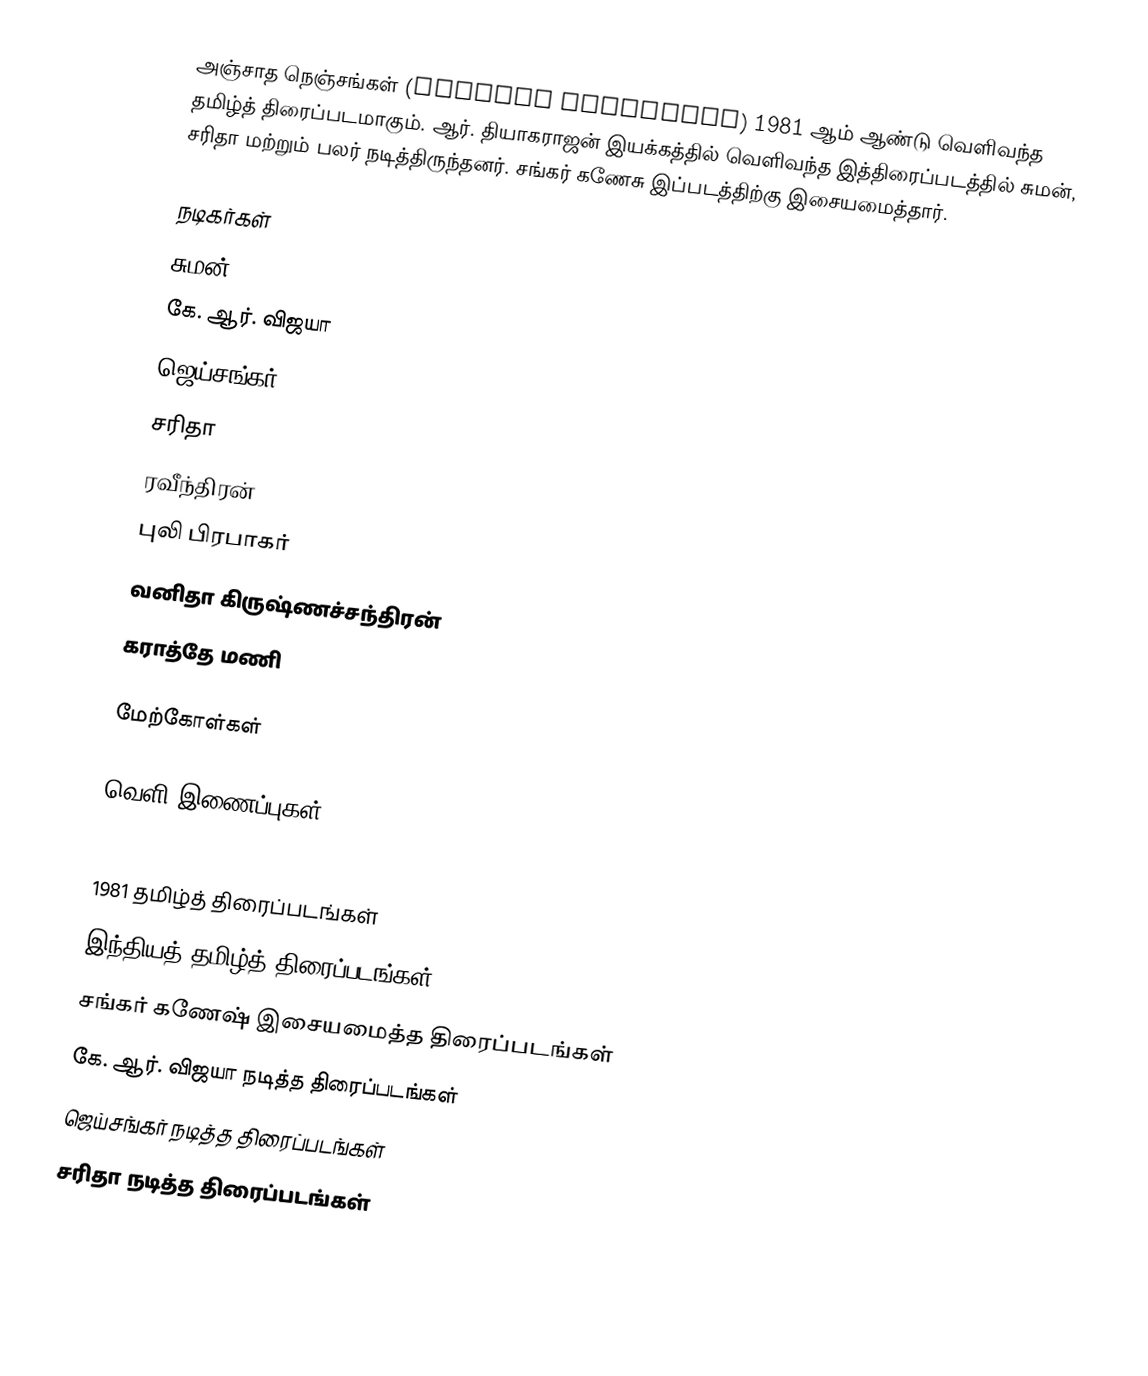
அஞ்சாத நெஞ்சங்கள் (Anjatha Nenjangal) 1981 ஆம் ஆண்டு வெளிவந்த தமிழ்த் திரைப்படமாகும். ஆர். தியாகராஜன் இயக்கத்தில் வெளிவந்த இத்திரைப்படத்தில் சுமன், சரிதா மற்றும் பலர் நடித்திருந்தனர். சங்கர் கணேசு இப்படத்திற்கு இசையமைத்தார்.

நடிகர்கள்
 சுமன்
 கே. ஆர். விஜயா
 ஜெய்சங்கர்
 சரிதா
 ரவீந்திரன்
 புலி பிரபாகர்
 வனிதா கிருஷ்ணச்சந்திரன்
 கராத்தே மணி

மேற்கோள்கள்

வெளி இணைப்புகள்

1981 தமிழ்த் திரைப்படங்கள்
இந்தியத் தமிழ்த் திரைப்படங்கள்
சங்கர் கணேஷ் இசையமைத்த திரைப்படங்கள்
கே. ஆர். விஜயா நடித்த திரைப்படங்கள்
ஜெய்சங்கர் நடித்த திரைப்படங்கள்
சரிதா நடித்த திரைப்படங்கள்